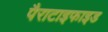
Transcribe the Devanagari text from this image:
पैराटाइफाइड